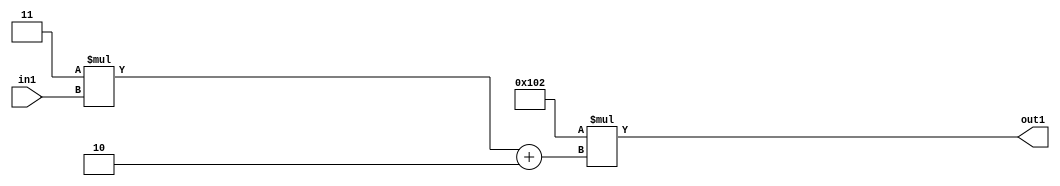
`timescale 1ps / 1ps
/*****************************************************************************
    Verilog RTL Description
    
    
    Created by: Stratus DpOpt 2019.1.01 
*******************************************************************************/

module DC_Filter_Mul2i258Add2i2Mul2i3u2_4 (
	in1,
	out1
	); /* architecture "behavioural" */ 
input [1:0] in1;
output [11:0] out1;
wire [11:0] asc001;
wire [3:0] asc002;

wire [3:0] asc002_tmp_0;
assign asc002_tmp_0 = 
	+(4'B0011 * in1);
assign asc002 = asc002_tmp_0
	+(4'B0010);

assign asc001 = 
	+(12'B000100000010 * asc002);

assign out1 = asc001;
endmodule

/* CADENCE  uLTwSA8= : u9/ySgnWtBlWxVPRXgAZ4Og= ** DO NOT EDIT THIS LINE ******/